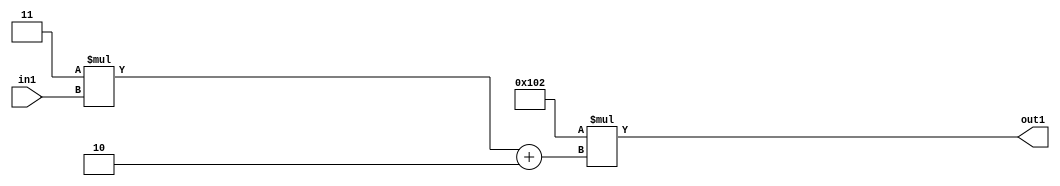
`timescale 1ps / 1ps
/*****************************************************************************
    Verilog RTL Description
    
    
    Created by: Stratus DpOpt 2019.1.01 
*******************************************************************************/

module DC_Filter_Mul2i258Add2i2Mul2i3u2_4 (
	in1,
	out1
	); /* architecture "behavioural" */ 
input [1:0] in1;
output [11:0] out1;
wire [11:0] asc001;
wire [3:0] asc002;

wire [3:0] asc002_tmp_0;
assign asc002_tmp_0 = 
	+(4'B0011 * in1);
assign asc002 = asc002_tmp_0
	+(4'B0010);

assign asc001 = 
	+(12'B000100000010 * asc002);

assign out1 = asc001;
endmodule

/* CADENCE  uLTwSA8= : u9/ySgnWtBlWxVPRXgAZ4Og= ** DO NOT EDIT THIS LINE ******/